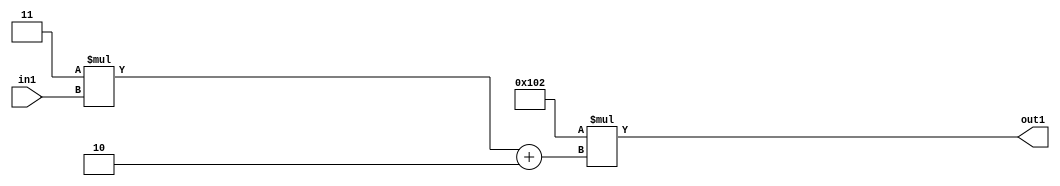
`timescale 1ps / 1ps
/*****************************************************************************
    Verilog RTL Description
    
    
    Created by: Stratus DpOpt 2019.1.01 
*******************************************************************************/

module DC_Filter_Mul2i258Add2i2Mul2i3u2_4 (
	in1,
	out1
	); /* architecture "behavioural" */ 
input [1:0] in1;
output [11:0] out1;
wire [11:0] asc001;
wire [3:0] asc002;

wire [3:0] asc002_tmp_0;
assign asc002_tmp_0 = 
	+(4'B0011 * in1);
assign asc002 = asc002_tmp_0
	+(4'B0010);

assign asc001 = 
	+(12'B000100000010 * asc002);

assign out1 = asc001;
endmodule

/* CADENCE  uLTwSA8= : u9/ySgnWtBlWxVPRXgAZ4Og= ** DO NOT EDIT THIS LINE ******/